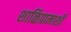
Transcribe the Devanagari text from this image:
शाळिग्रामाशी